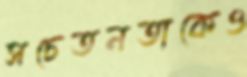
সচেতনতাকেও